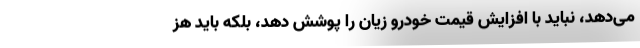
می‌دهد، نباید با افزایش قیمت خودرو زیان را پوشش دهد، بلکه باید هز